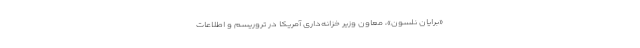
«برایان نلسون»، معاون وزیر خزانه‌داری آمریکا در تروریسم و اطلاعات